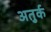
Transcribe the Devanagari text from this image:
अतुर्क